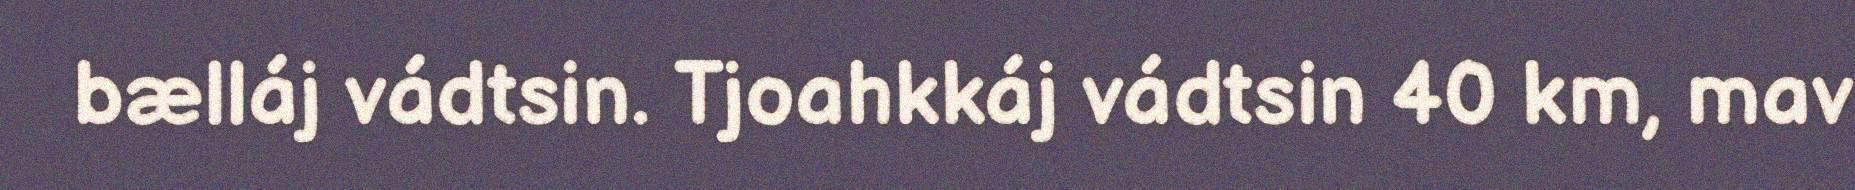
bælláj vádtsin. Tjoahkkáj vádtsin 40 km, mav